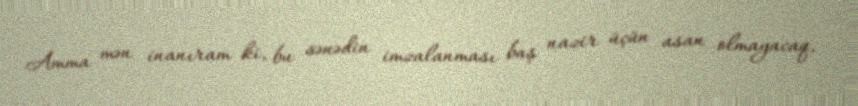
Amma mən inanıram ki, bu sənədin imzalanması baş nazir üçün asan olmayacaq,